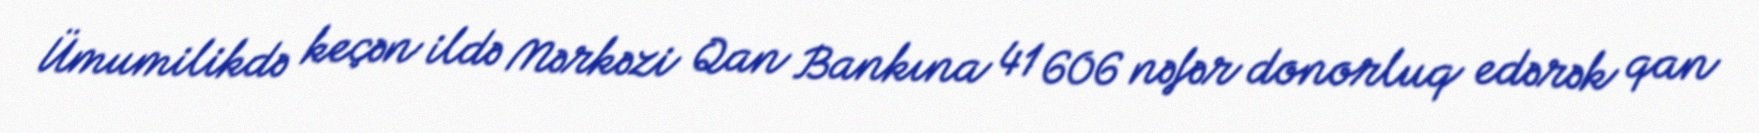
Ümumilikdə keçən ildə Mərkəzi Qan Bankına 41 606 nəfər donorluq edərək qan